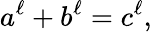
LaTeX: a^{\ell}+b^{\ell}=c^{\ell},